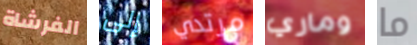
الفرشاة إلى مرتدي وماري ما